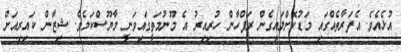
އުޅެއެވެ. އެފަރާތެއްގައި މަޑުކޮށްލައިގެން ރަފްހާން ހުރިއިރު އެ މޫނުމަތީގައިވަނީ މާޔޫސްކަމެވެ. ޝިޒާން ކައިރިއަށް